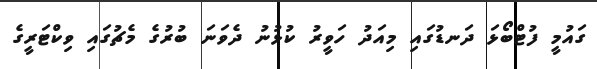
ގައުމީ ފުޓްބޯޅަ ދަނޑުގައި މިއަދު ހަވީރު ކުޅުނު ދެވަނަ ބުރުގެ މެޗުގައި ވިކްޓަރީގެ